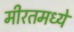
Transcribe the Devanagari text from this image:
मीरतमध्ये